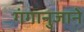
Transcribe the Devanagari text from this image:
गंगानुजाने